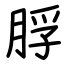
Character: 脬